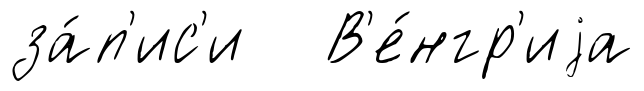
за́п'ис'и В'е́нгр'иjа